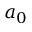
a _ { 0 }